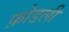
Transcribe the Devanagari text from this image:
फ़ोडली